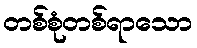
တစ်စုံတစ်ရာသော